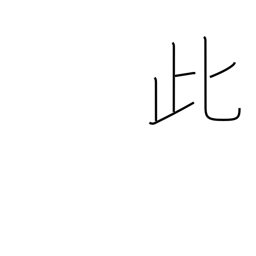
Meaning: this